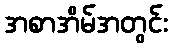
အစာအိမ်အတွင်း